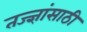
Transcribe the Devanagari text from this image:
तज्ज्ञांसाठी